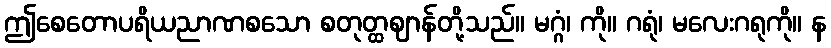
ဤစေတောပရိယညာဏစသော စတုတ္ထဈာန်တို့သည်။ မဂ္ဂံ၊ ကို။ ဂရုံ၊ မလေးဂရုကို။ န